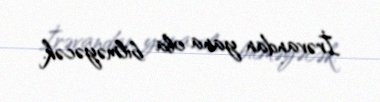
İrəvandan yana ola bilməyəcək.